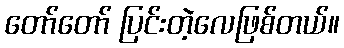
တော်တော် ပြင်းတဲ့လေဖြစ်တယ်။